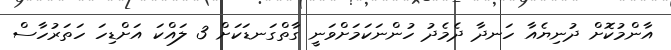
އާންމުކޮށް ދުނިޔެއާ ހަނދާ ދެމެދު ހުންނަކަމަށްވަނީ ގާތްގަނޑަކަށް 3 ލައްކަ އަށްޑިހަ ހަތަރުހާސް